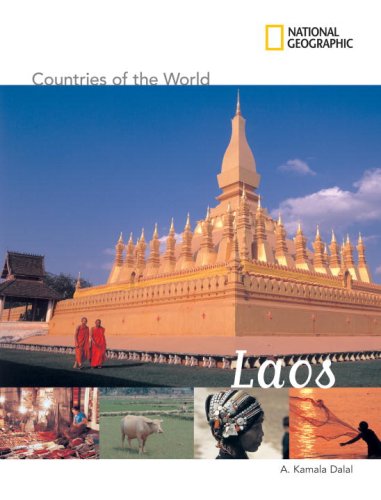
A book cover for National Geographic Countries of the World: Laos; A. Kamala Dalal; Children's Books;